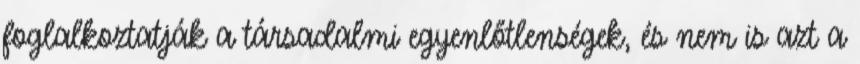
foglalkoztatják a társadalmi egyenlőtlenségek, és nem is azt a